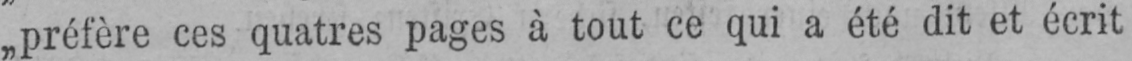
„préfère ces quatres pages à tout ce qui a été dit et écrit